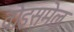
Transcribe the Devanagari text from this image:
वोइसमेल